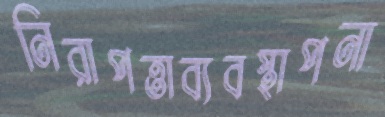
নিরাপত্তাব্যবস্থাপনা